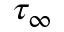
\tau _ { \infty }